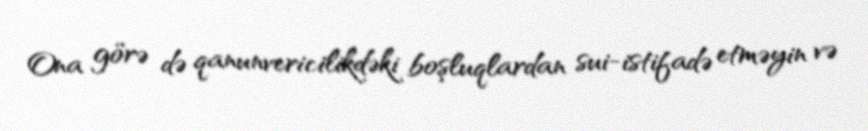
Ona görə də qanunvericilikdəki boşluqlardan sui-istifadə etməyin və